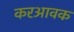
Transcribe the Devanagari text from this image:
करआवक